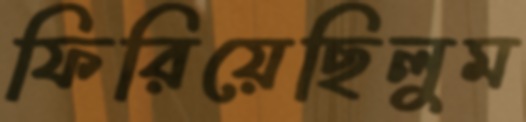
ফিরিয়েছিলুম